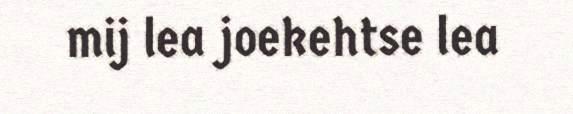
mij lea joekehtse lea